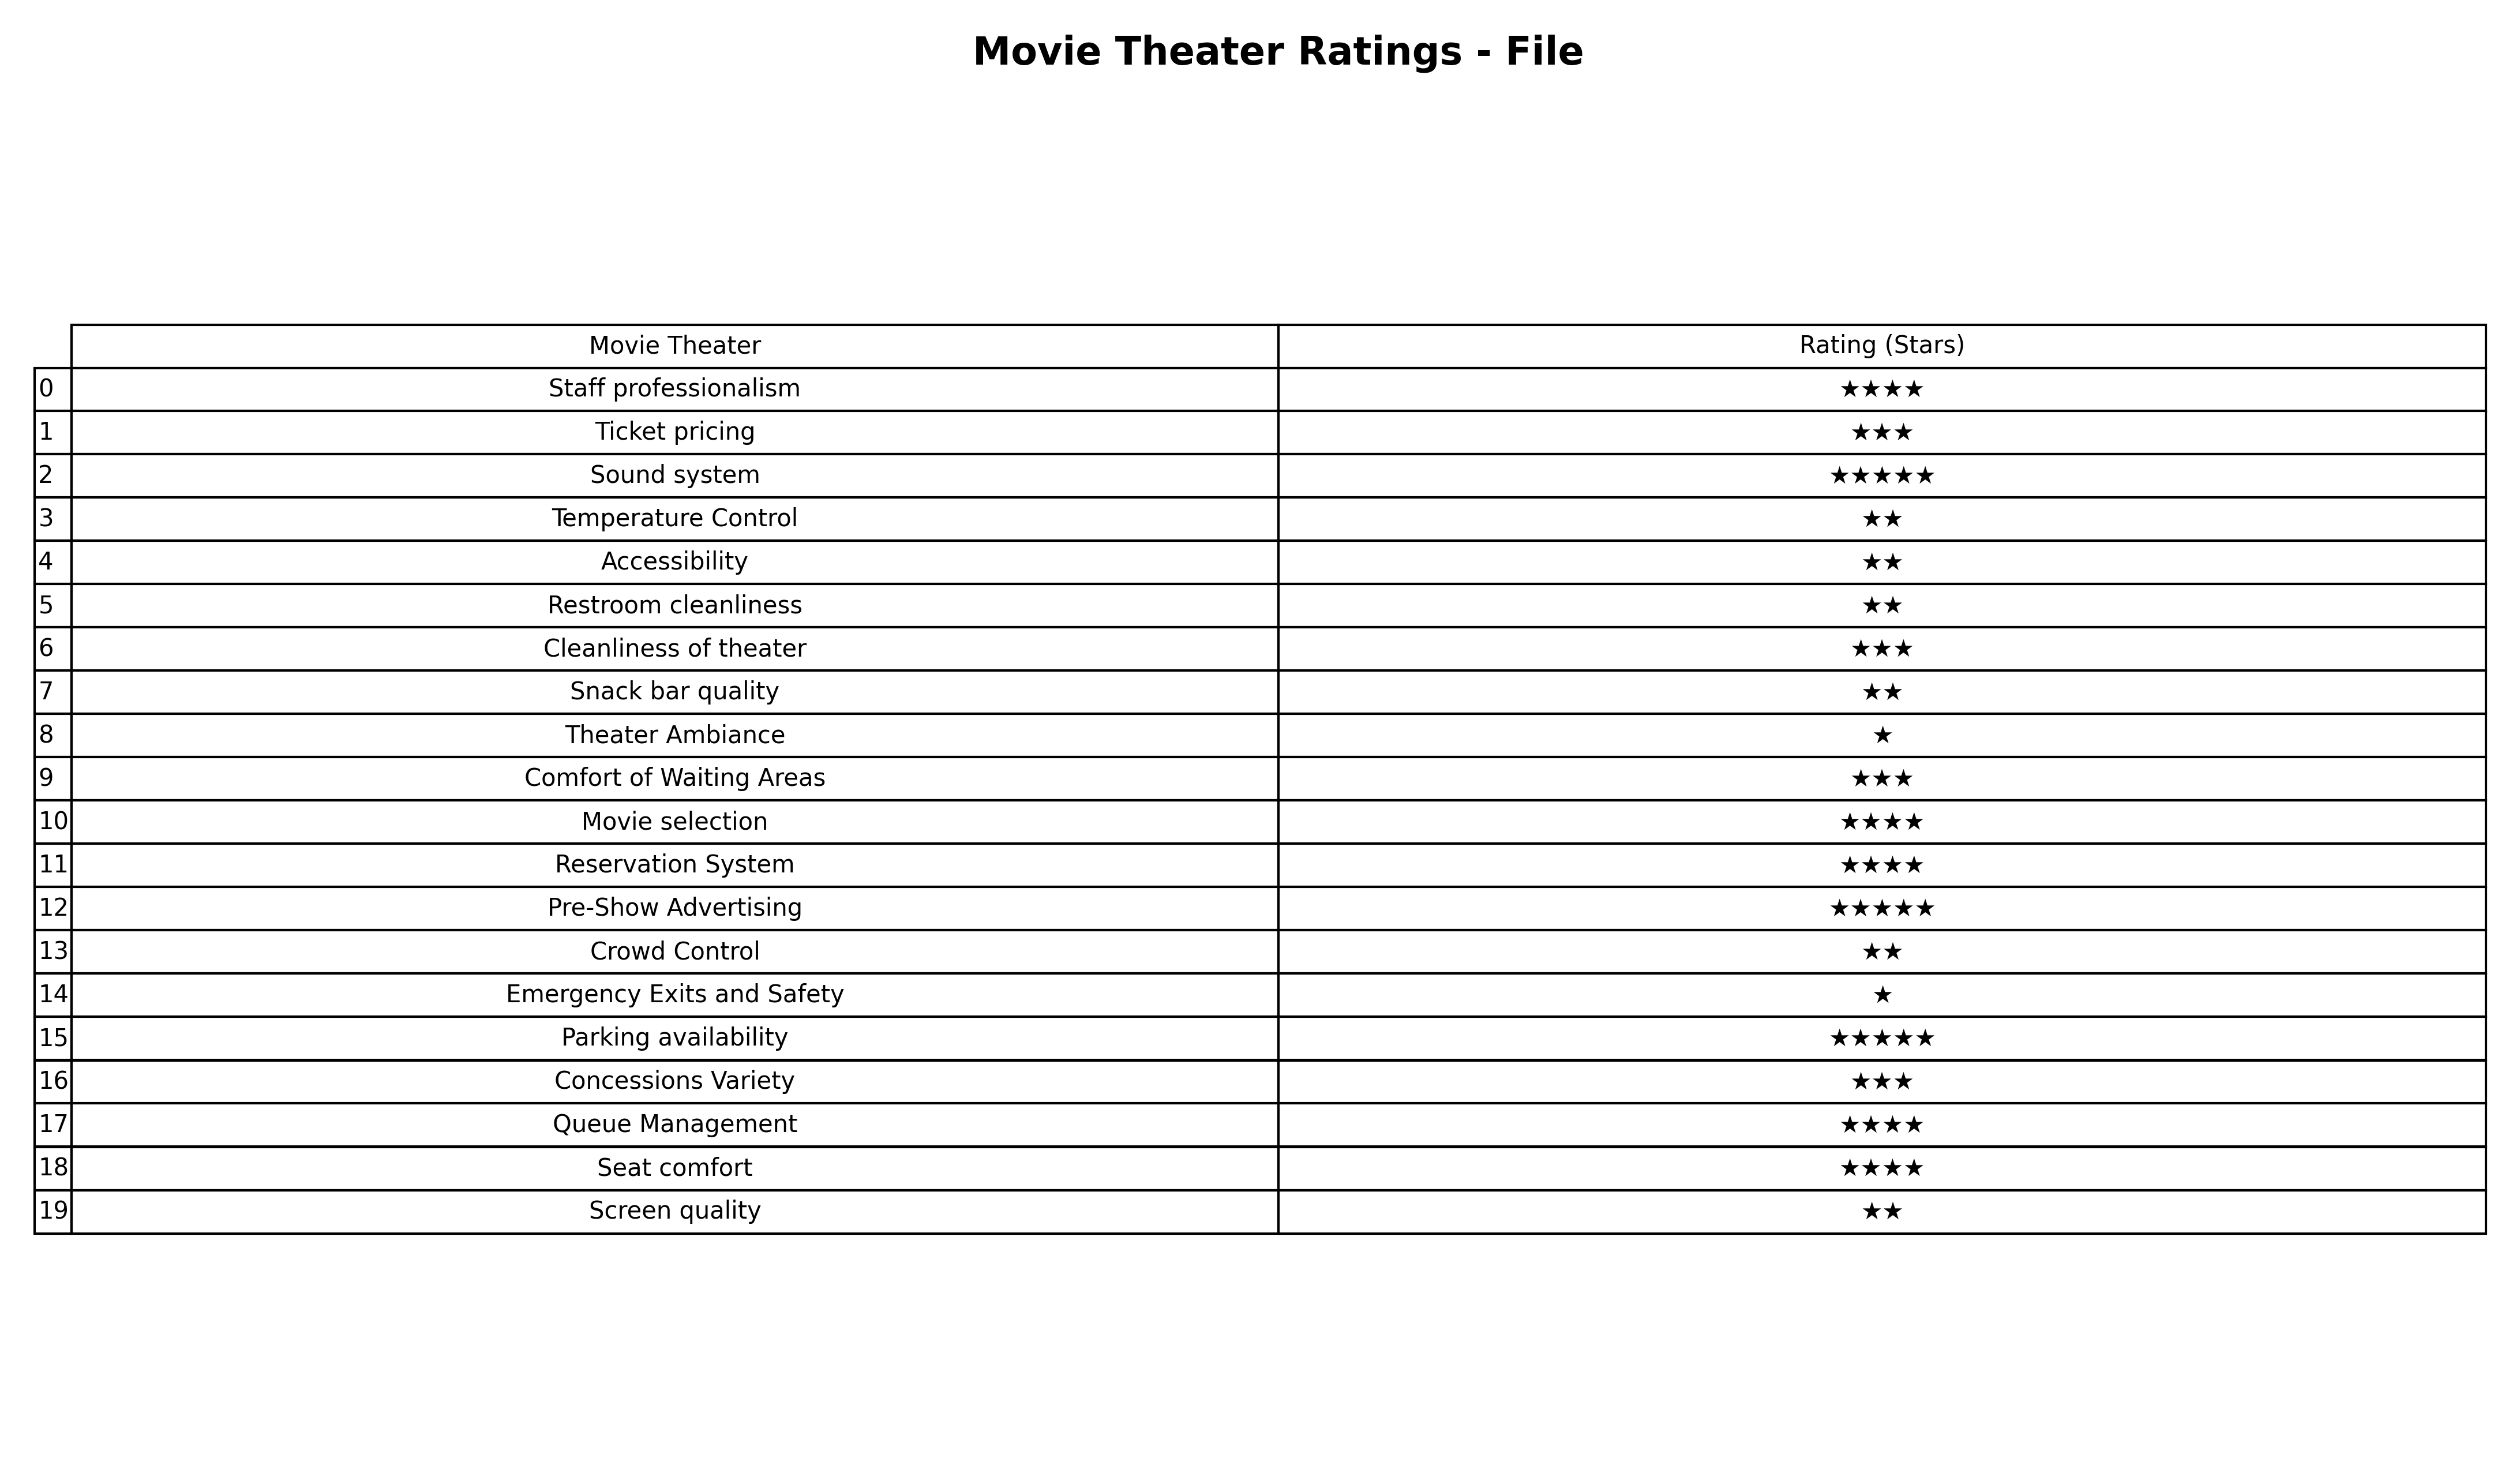
question: What are five star services?
answer: Sound systemPre-Show AdvertisingParking availability